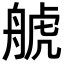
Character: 𦩕